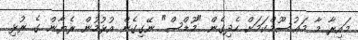
މައިރާ މާ މަޢުސޫމްކަމަށް ހެދިގެން "މޫޑްސް" ނޭގިގެން އުޅުމުން ރެޔާން ގެ ރުޅި